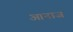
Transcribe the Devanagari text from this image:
आनाज